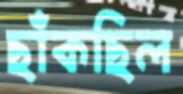
ছাঁকছিল